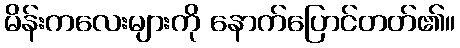
မိန်းကလေးများကို နောက်ပြောင်တတ်၏။